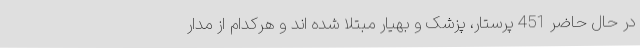
در حال حاضر 451 پرستار، پزشک و بهیار مبتلا شده اند و هرکدام از مدار